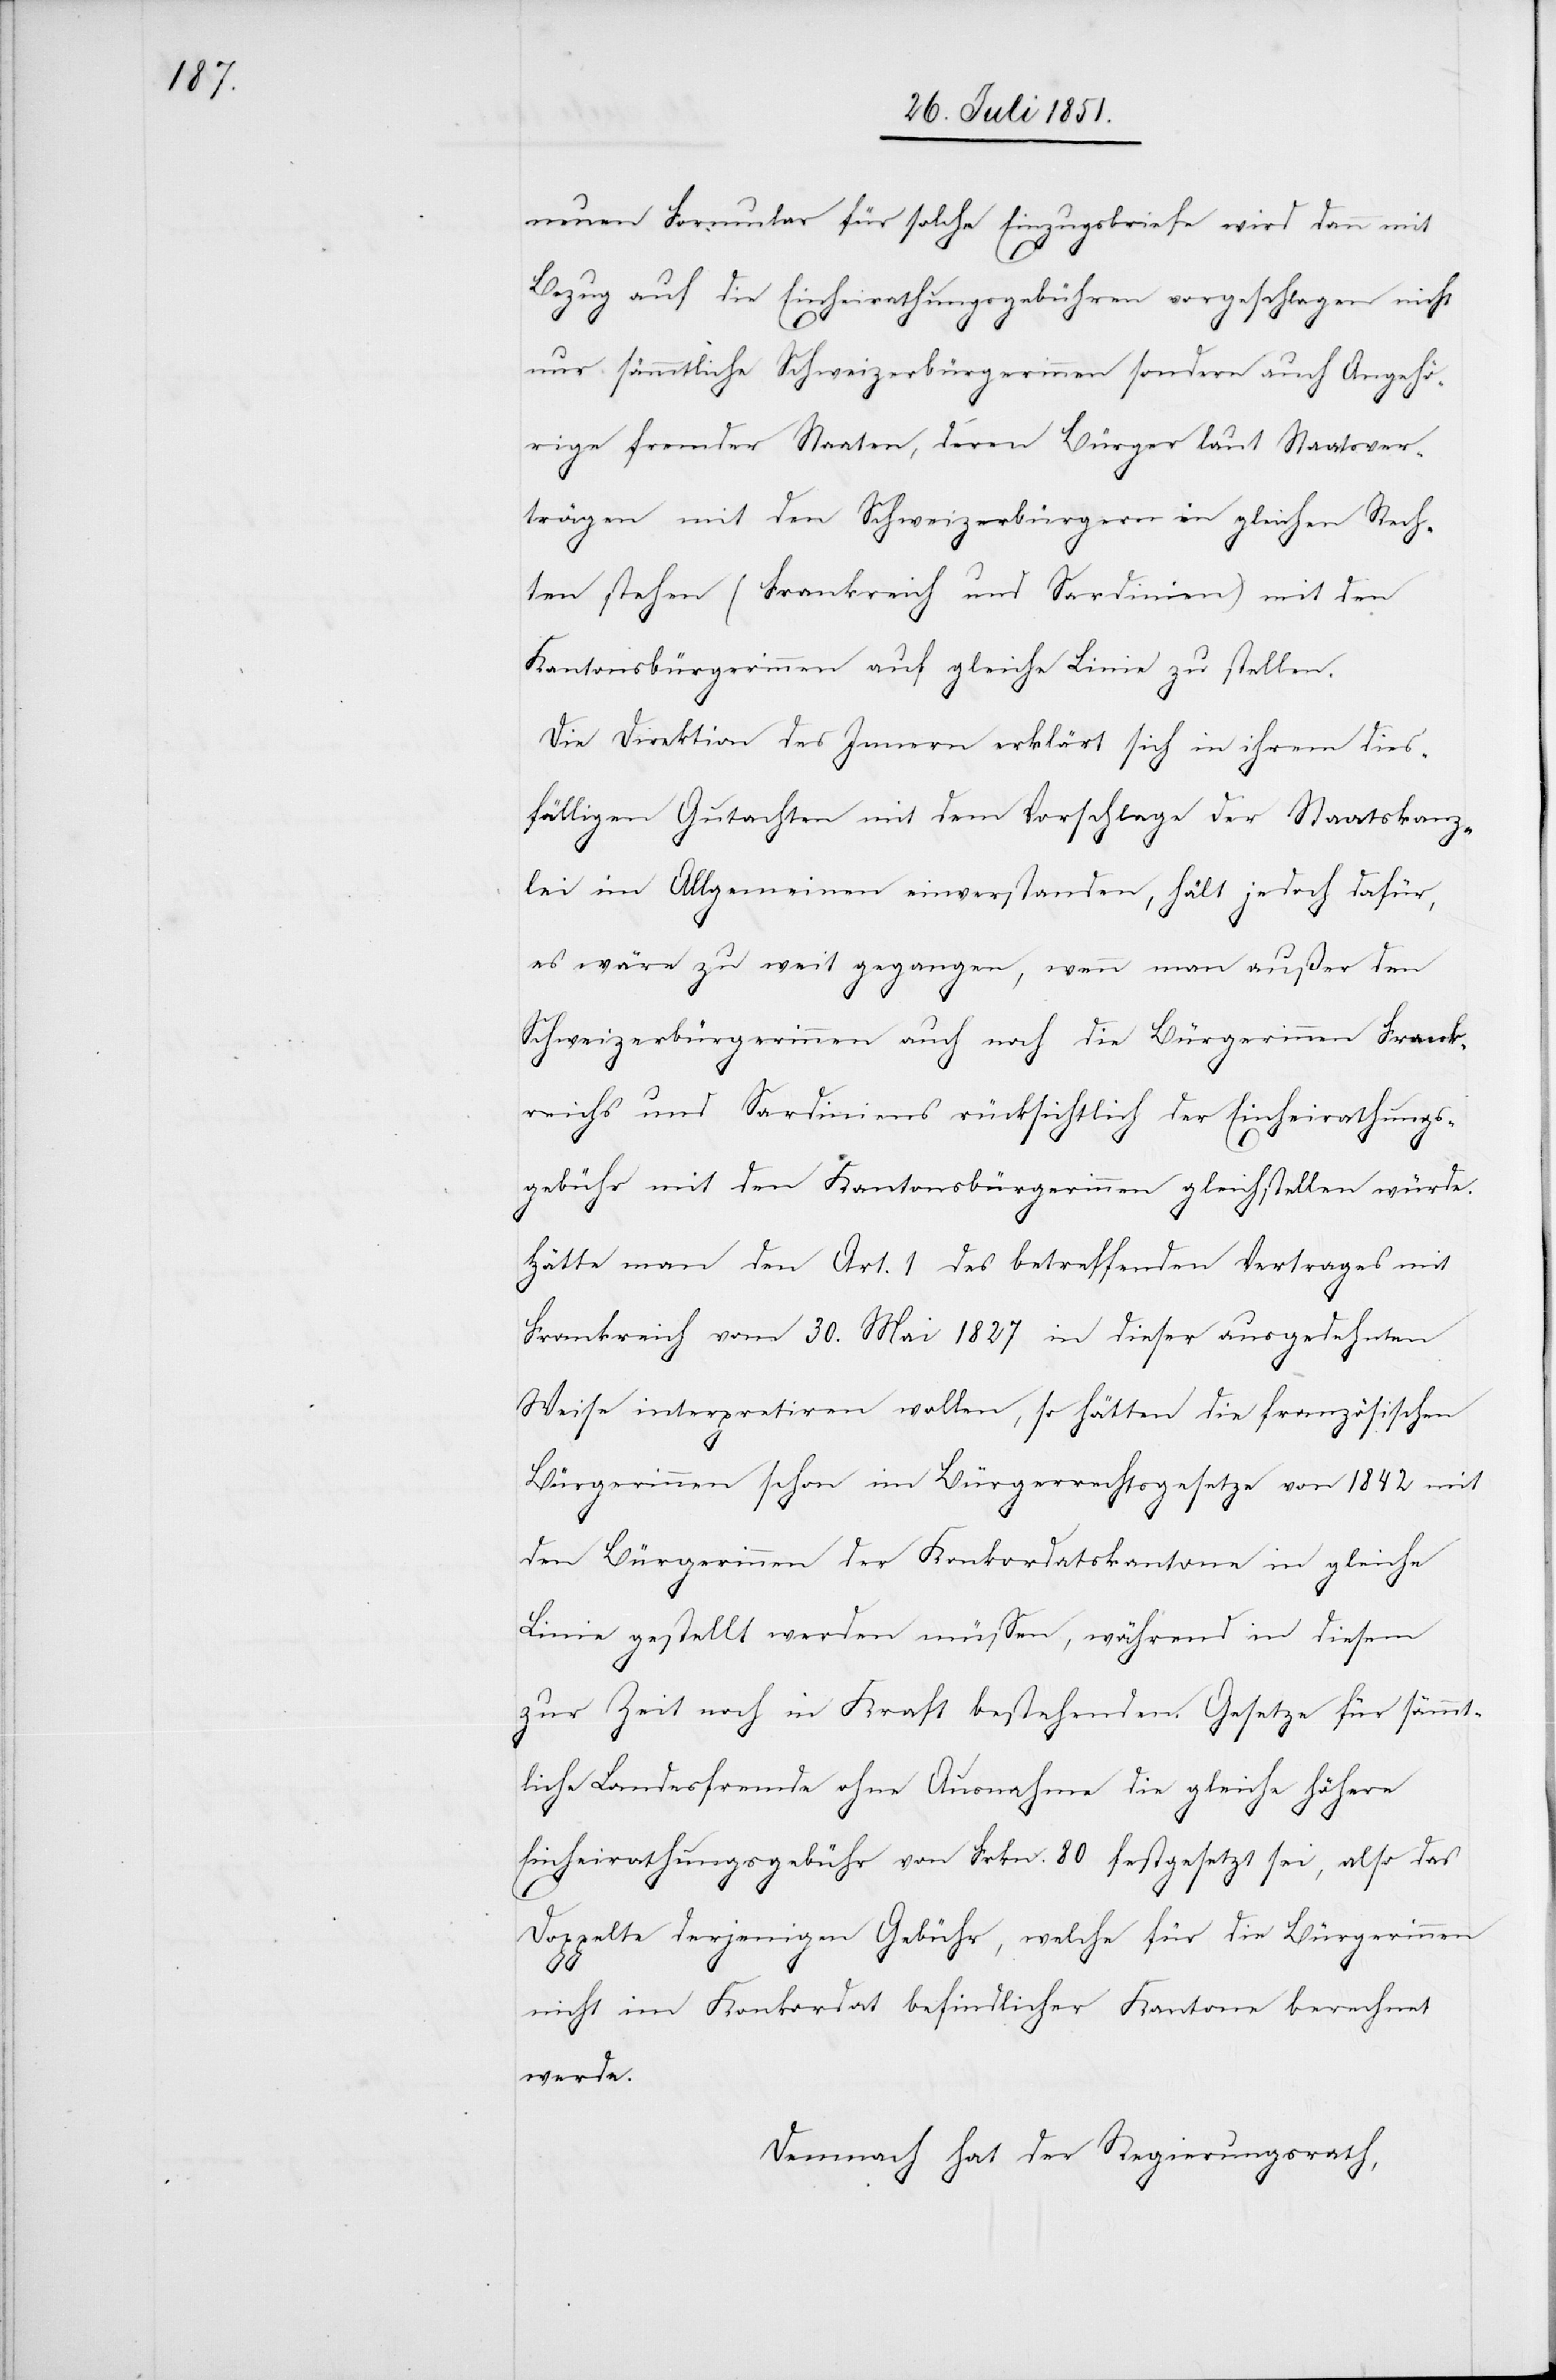
neuen Formular für solche Einzugsbriefe wird dann mit
Bezug auf die Einheirathungsgebühren vorgeschlagen nicht
nur sämmtliche Schweizerbürgerinnen sondern auch Angehö¬
rige fremder Staaten, deren Bürger laut Staatsver¬
trägen mit den Schweizerbürgern in gleichen Rech¬
ten stehen (Frankreich und Sardinien) mit den
Kantonsbürgerinnen auf gleiche Linie zu stellen.
Die Direktion des Innern erklärt sich in ihrem dies¬
fälligen Gutachten mit dem Vorschlage der Staatskanz¬
lei im Allgemeinen einverstanden, hält jedoch dafür,
es wäre zu weit gegangen, wenn man außer den
Schweizerbürgerinnen auch noch die Bürgerinnen Frank¬
reichs und Sardiniens rücksichtlich der Einheirathungs¬
gebühr mit den Kantonsbürgerinnen gleichstellen würde.
Hätte man den Art. 1 des betreffenden Vertrages mit
Frankreich vom 30. Mai 1827 in dieser ausgedehnten
Weise interpretiren wollen, so hätten die französischen
Bürgerinnen schon im Bürgerrechtsgesetze von 1842 mit
den Bürgerinnen der Konkordatskantone in gleiche
Linie gestellt werden müssen, während in diesem
zur Zeit noch in Kraft bestehenden Gesetze für sämmt¬
liche Landesfremde ohne Ausnahme die gleiche höhere
Einheirathungsgebühr von Frkn. 80 festgesetzt sei, also das
Doppelte derjenigen Gebühr, welche für die Bürgerinnen
nicht im Konkordat befindlicher Kantone berechnet
werde.
Demnach hat der Regierungsrath,